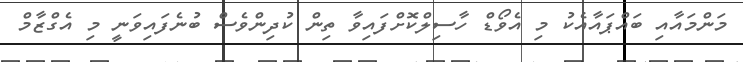
މަންމައާއި ބައްޕައާއެކު މި އެވޯޑް ހާސިލްކޮށްފައިވާ ތިން ކުދިންވެސް ބުނެފައިވަނީ މި އެގްޒާމް